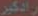
رادگیر